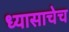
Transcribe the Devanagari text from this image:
ध्यासाचेच